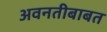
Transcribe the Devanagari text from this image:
अवनतीबाबत